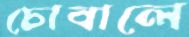
চোবালে